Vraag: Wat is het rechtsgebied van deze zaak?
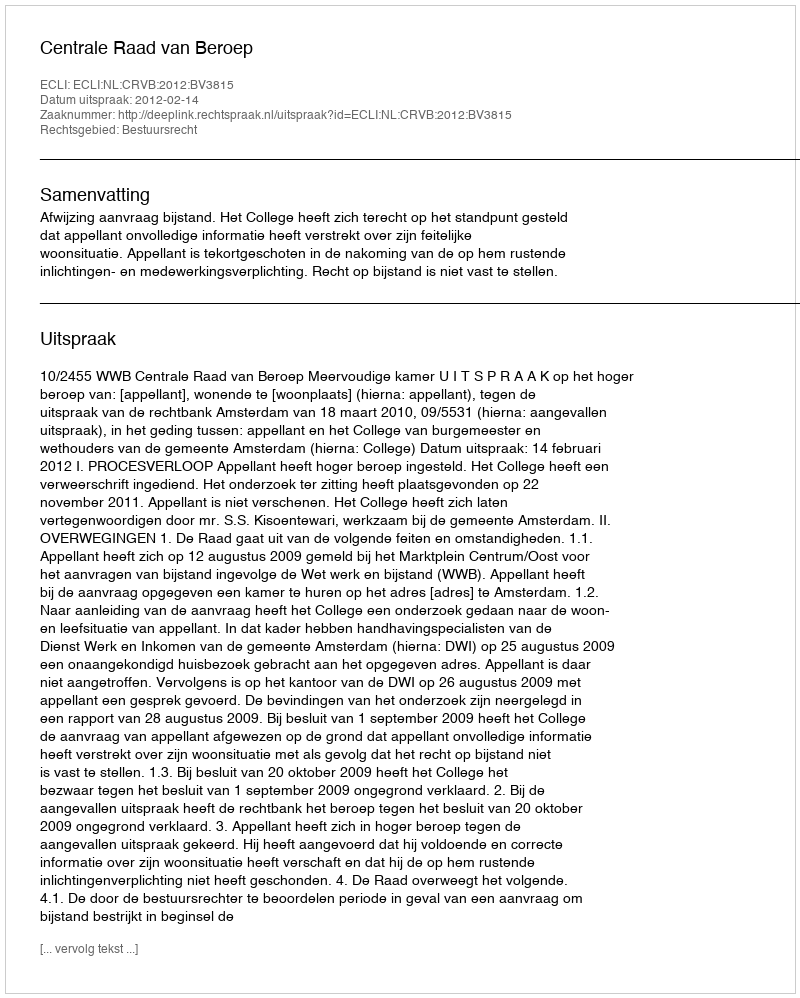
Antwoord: Bestuursrecht